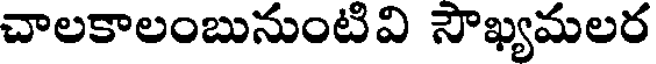
చాలకాలంబునుంటివి సౌఖ్యమలర